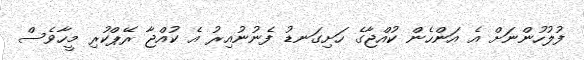
ފުލުހުންނަށް އެ އަންހެން ކުއްޖާގެ ހަށިގަނޑު ފެނުނުއިރު އެ ކުއްޖާ ރޭޕްކުރި މީހާވެސް